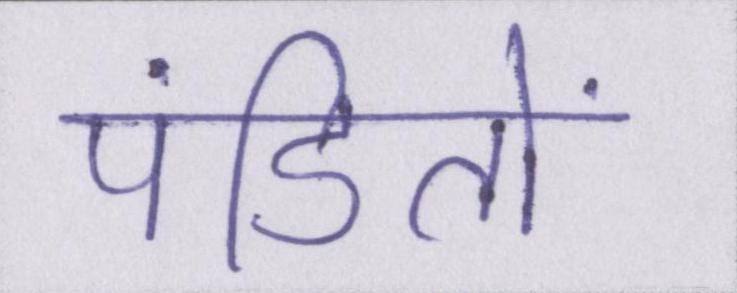
पंडितों